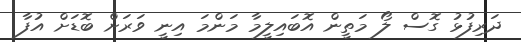
ދަރިފުޅު ގޮސް ލޯ މަތީން އޮބައިލީމާ މަންމަ އިނީ ވަރަށް ބޮޑަށް އުފާ